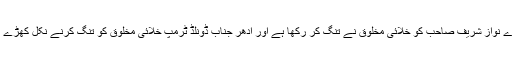
ادھر ہمارے نواز شریف صاحب کو خلائی مخلوق نے تنگ کر رکھا ہے اور ادھر جناب ڈونلڈ ٹرمپ خلائی مخلوق کو تنگ کرنے نکل کھڑے ہوئے ہیں۔